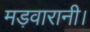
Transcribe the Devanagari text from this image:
मड़वारानी।